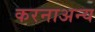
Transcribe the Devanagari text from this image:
करनाअन्य